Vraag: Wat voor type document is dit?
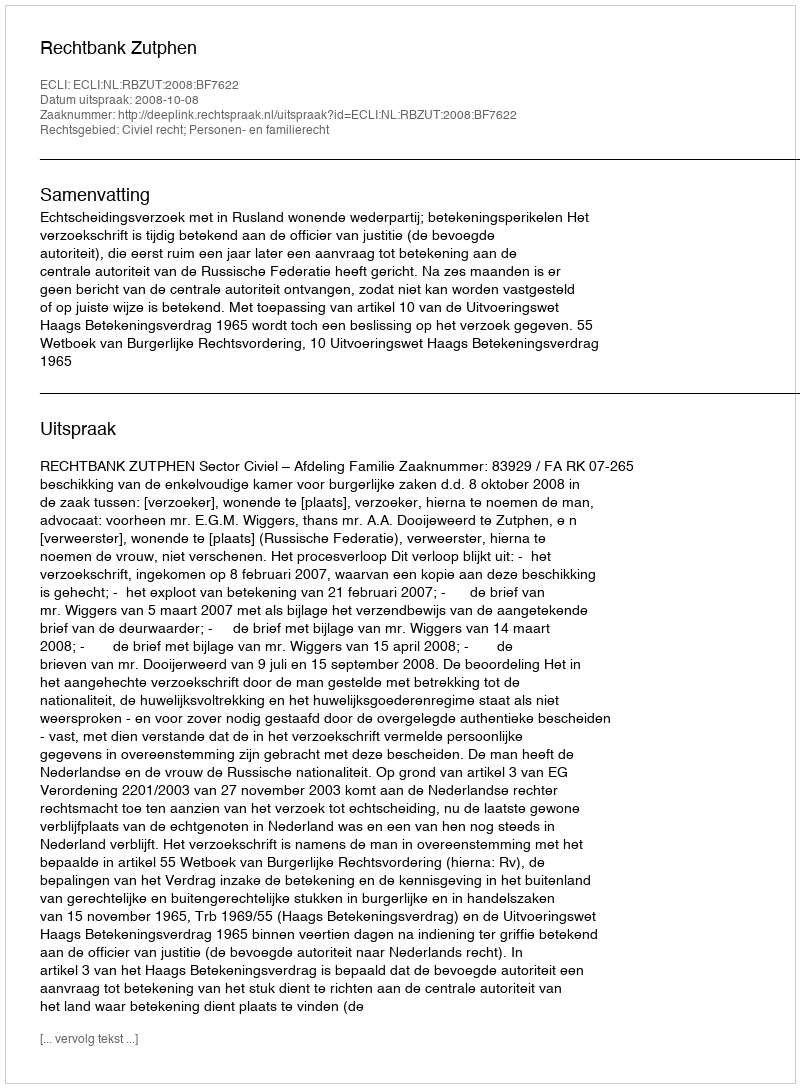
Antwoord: Uitspraak